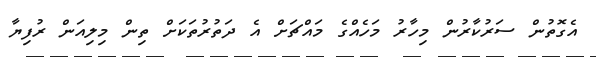
އެގޮތުން ސަރުކާރުން މިހާރު މަހެއްގެ މައްޗަށް އެ ދަތުރުތަކަށް ތިން މިލިއަން ރުފިޔާ